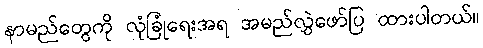
နာမည်တွေကို လုံခြုံရေးအရ အမည်လွှဲဖော်ပြ ထားပါတယ်။